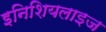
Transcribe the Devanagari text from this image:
इनिशियलाइज